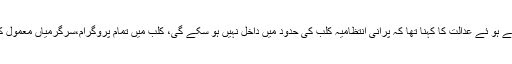
میسرز فرگوسن کو رائل پام کلب کا تمام ریکارڈ فوری قبضے میں لینے کا حکم دیتے ہو ئے عدالت کا کہنا تھا کہ پرانی انتظامیہ کلب کی حدود میں داخل نہیں ہو سکے گی، کلب میں تمام پروگرام،سرگرمیاں معمول کے مطابق چلیں گی، ریلوے سےمتعلق ریکارڈ رائل پام کلب سےباہر نہیں جائےگا۔